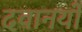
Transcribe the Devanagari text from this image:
दवानयों